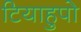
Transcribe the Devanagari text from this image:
टियाहुपो